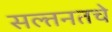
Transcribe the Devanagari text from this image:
सल्तनतचे